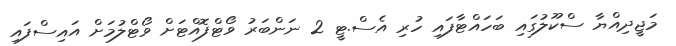
މަޖީދިއްޔާ ސްކޫލުގައި ބަހައްޓާފައި ހުރި އެސް.ޓީ 2 ނަންބަރު ވޯޓްފޮއްޓަށް ވޯޓްލުމަށް އައިސްފައި